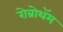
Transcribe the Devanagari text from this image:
रोब्रोथॅम